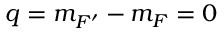
q = m _ { F ^ { \prime } } - m _ { F } = 0